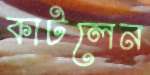
কাটলেন